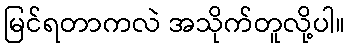
မြင်ရတာကလဲ အသိုက်တူလို့ပါ။